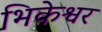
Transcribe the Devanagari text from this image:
भिकेश्वर